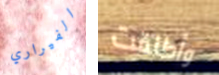
الفيراري وأطلقت